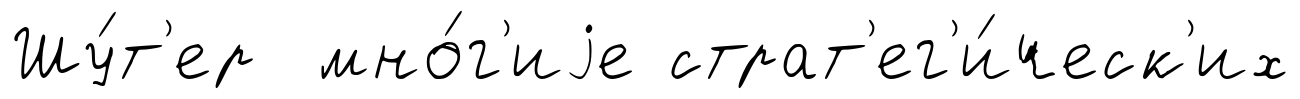
Шу́т'ер мно́г'иjе страт'ег'и́ческ'их